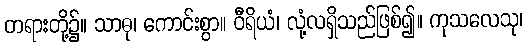
တရားတို့၌။ သာဓု၊ ကောင်းစွာ။ ဝီရိယံ၊ လုံ့လရှိသည်ဖြစ်၍။ ကုသလေသု၊